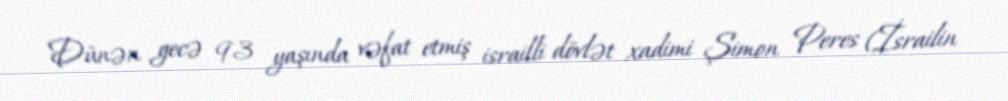
Dünən gecə 93 yaşında vəfat etmiş israilli dövlət xadimi Şimon Peres (İsrailin